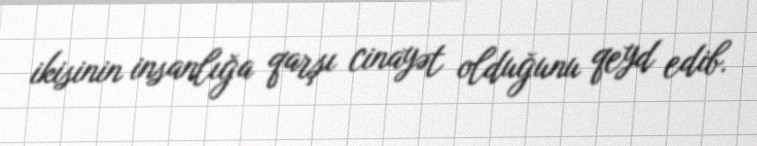
ikisinin insanlığa qarşı cinayət olduğunu qeyd edib.